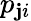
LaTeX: p_{\mathbf{j}i}